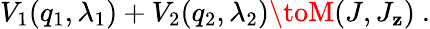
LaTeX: V_{1}(q_{1},\lambda_{1})+V_{2}(q_{2},\lambda_{2})\toM(J,J_{\mathbf{z}})\ .